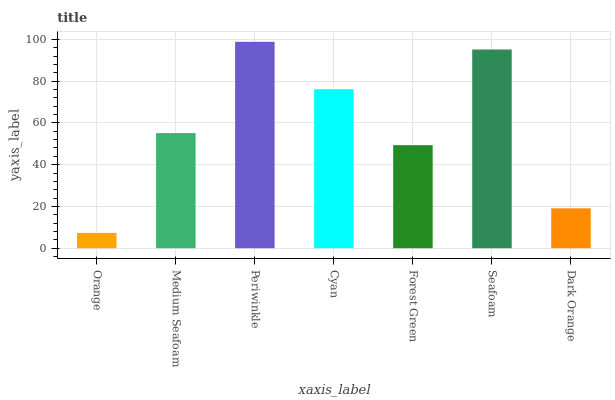
| xaxis_label | bars |
 | --- | --- |
 | Orange | 7.33 |
 | Medium Seafoam | 55.1 |
 | Periwinkle | 98.8 |
 | Cyan | 76.1 |
 | Forest Green | 49.3 |
 | Seafoam | 95.2 |
 | Dark Orange | 19.1 |